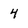
Character: 4